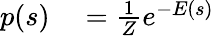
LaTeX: \begin{array}{rl}{p(s)}&{{}=\frac{1}{Z}e^{-E(s)}}\end{array}